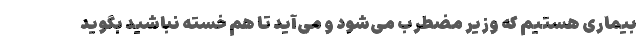
بیماری هستیم که وزیر مضطرب می‌شود و می‌آید تا هم خسته نباشید بگوید